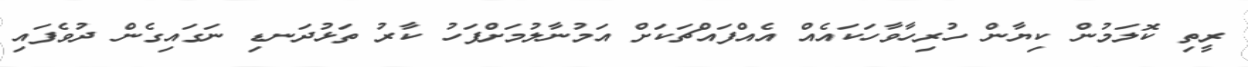
ރީތި ކޮލަމުން ކިޔާން ހުރިހާވާހަކައެއް އެއްފައްޗަކަށް އަމުނާލުމަށްފަހު ކާރު ތަޅުދަނޑި ނަގައިގެން ދުވެފައި